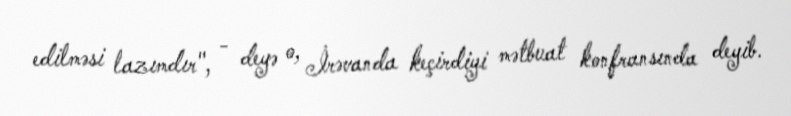
edilməsi lazımdır", - deyə o, İrəvanda keçirdiyi mətbuat konfransında deyib.